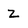
Character: Z